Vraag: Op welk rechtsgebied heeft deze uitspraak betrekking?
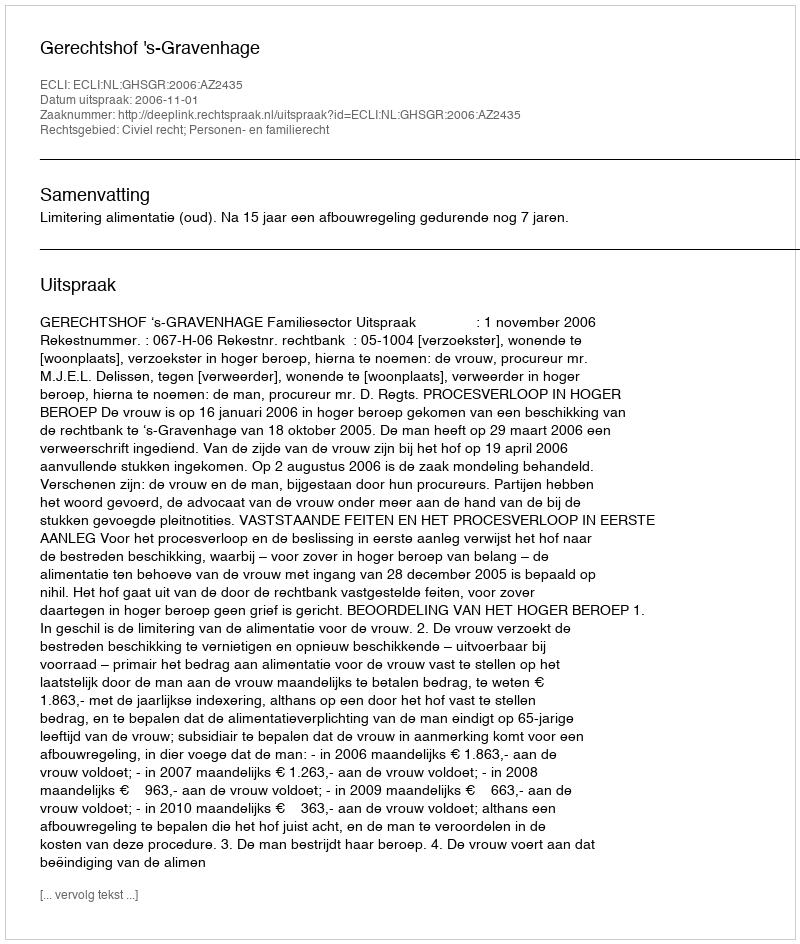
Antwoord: Civiel recht; Personen- en familierecht